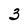
Character: 3